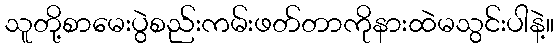
သူတို့စာမေးပွဲစည်းကမ်းဖတ်တာကိုနားထဲမသွင်းပါနဲ့။